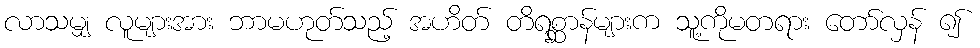
လာသမျှ လူများအား ဘာမဟုတ်သည့် အဟိတ် တိရစ္ဆာန်များက သူ့ကိုမတရား တော်လှန် ၍